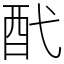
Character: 䣧